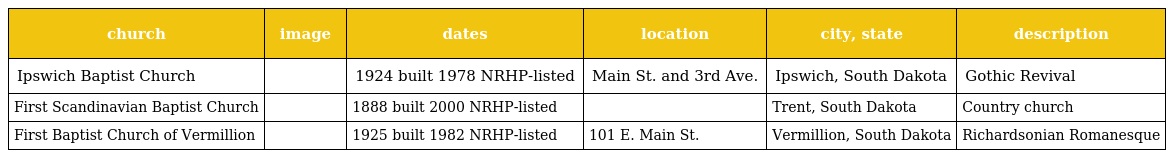
| church | image | dates | location | city, state | description |
 | --- | --- | --- | --- | --- | --- |
 | Ipswich Baptist Church |  | 1924 built 1978 NRHP-listed | Main St. and 3rd Ave. | Ipswich, South Dakota | Gothic Revival |
 | First Scandinavian Baptist Church |  | 1888 built 2000 NRHP-listed |  | Trent, South Dakota | Country church |
 | First Baptist Church of Vermillion |  | 1925 built 1982 NRHP-listed | 101 E. Main St. | Vermillion, South Dakota | Richardsonian Romanesque |